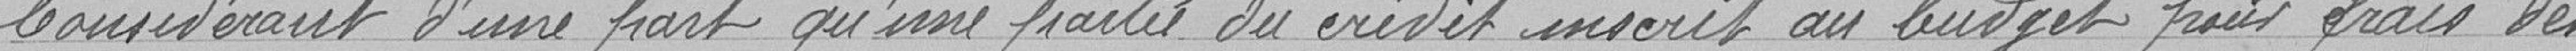
Considérant d'une part qu'une partie du crédit inscrit au budget pour frais des